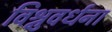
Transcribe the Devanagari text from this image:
विश्नुवर्धना